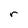
Character: r